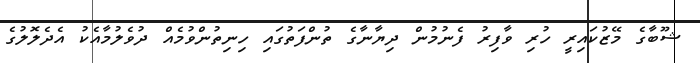
ޝޫބާގެ މޭޒުކައިރީ ހުރި ވާފިރު ފެނުމުން ދިޔާނާގެ ތުންފަތުގައި ހިނިތުންވުމެއް ދުވެލުމާއެކު އެދެލޮލުގެ